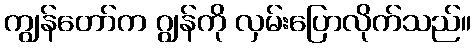
ကျွန်တော်က ဂျွန်ကို လှမ်းပြောလိုက်သည်။